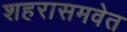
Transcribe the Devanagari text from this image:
शहरासमवेत